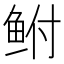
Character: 鲋